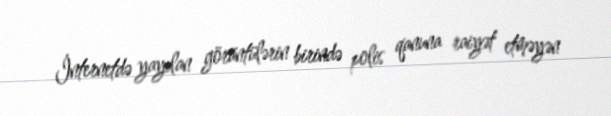
İnternetdə yayılan görüntülərin birində polis qanuna raiyət etməyən